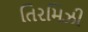
તિરમિઝી